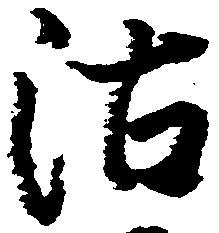
沽